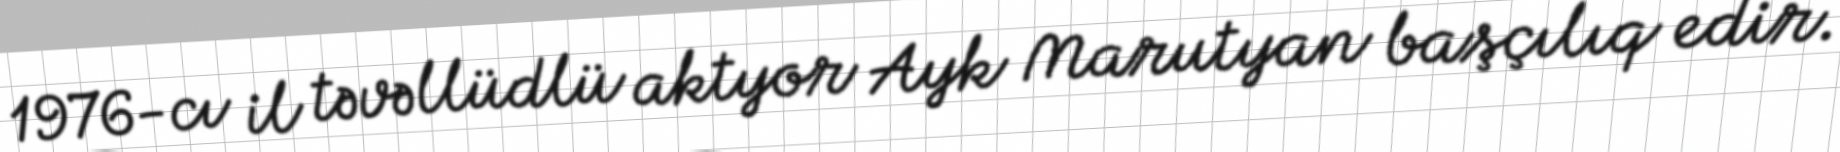
1976-cı il təvəllüdlü aktyor Ayk Marutyan başçılıq edir.